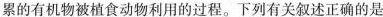
累的有机物被植食动物利用的过程。下列有关叙述正确的是